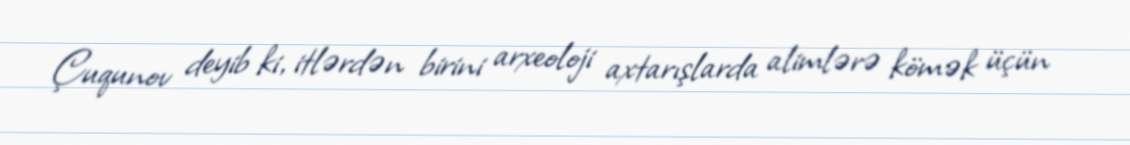
Çuqunov deyib ki, itlərdən birini arxeoloji axtarışlarda alimlərə kömək üçün